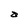
Character: a